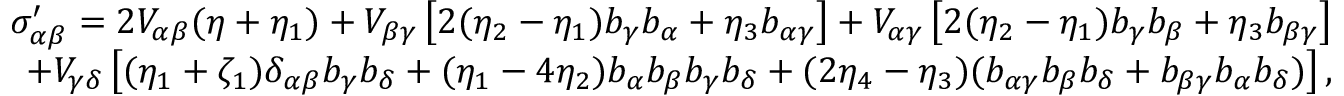
\begin{array} { r l r } { \sigma _ { \alpha \beta } ^ { \prime } = 2 V _ { \alpha \beta } ( \eta + \eta _ { 1 } ) + V _ { \beta \gamma } \left[ 2 ( \eta _ { 2 } - \eta _ { 1 } ) b _ { \gamma } b _ { \alpha } + \eta _ { 3 } b _ { \alpha \gamma } \right] + V _ { \alpha \gamma } \left[ 2 ( \eta _ { 2 } - \eta _ { 1 } ) b _ { \gamma } b _ { \beta } + \eta _ { 3 } b _ { \beta \gamma } \right] } & { } & \\ { + V _ { \gamma \delta } \left[ ( \eta _ { 1 } + \zeta _ { 1 } ) \delta _ { \alpha \beta } b _ { \gamma } b _ { \delta } + ( \eta _ { 1 } - 4 \eta _ { 2 } ) b _ { \alpha } b _ { \beta } b _ { \gamma } b _ { \delta } + ( 2 \eta _ { 4 } - \eta _ { 3 } ) ( b _ { \alpha \gamma } b _ { \beta } b _ { \delta } + b _ { \beta \gamma } b _ { \alpha } b _ { \delta } ) \right] , } & { } & \end{array}